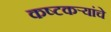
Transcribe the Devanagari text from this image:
कष्टकर्‍यांचे